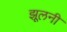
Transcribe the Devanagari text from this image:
झूलनी